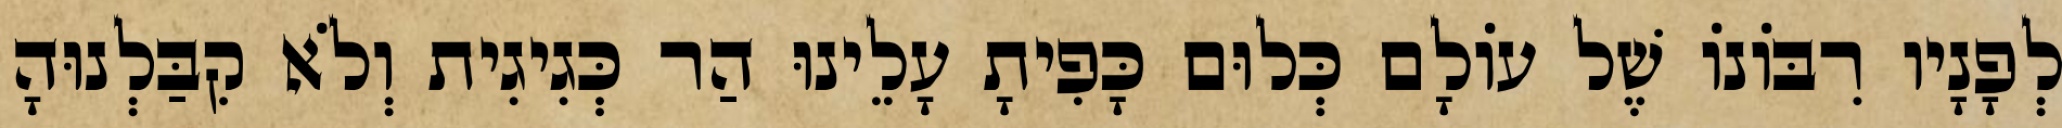
לְפָנָיו רִבּוֹנוֹ שֶׁל עוֹלָם כְּלוּם כָּפִיתָ עָלֵינוּ הַר כְּגִיגִית וְלֹא קִבַּלְנוּהָ